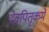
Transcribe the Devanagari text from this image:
देवपितृकर्मे